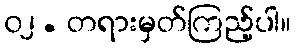
၀၂. တရားမှတ်ကြည့်ပါ။